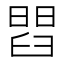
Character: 𦦄